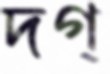
দগ্